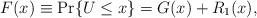
LaTeX: \begin{align*}F(x) \equiv \Pr\{U \le x\}=G(x)+R_1(x), \end{align*}